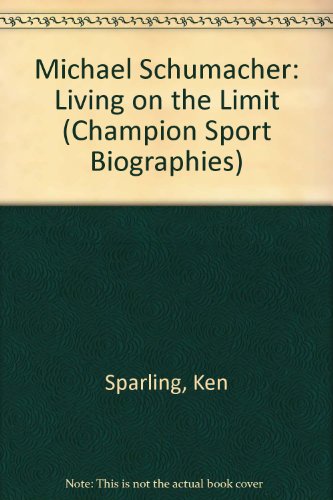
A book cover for Michael Schumacher (Champion Sports Biography); Ken Sparling; Teen & Young Adult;